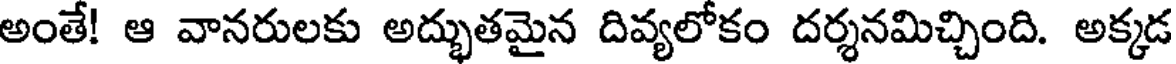
అంతే! ఆ వానరులకు అద్భుతమైన దివ్యలోకం దర్శనమిచ్చింది. అక్కడ